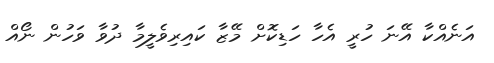
އަނެއްކާ އޭނަ ހުރީ އެހާ ހަޑިކޮށް މޭޒާ ކައިރިވެލީމާ ދުވާ ވަހުން ނޯއް